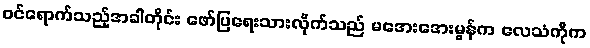
ဝင်ရောက်သည့်အခါတိုင်း ဖော်ပြရေးသားလိုက်သည် မအေးအေးမွန်က လေသံကိုက